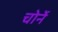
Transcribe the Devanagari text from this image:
चोर्ने